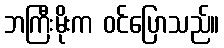
ဘကြီးမိုးက ဝင်ပြောသည်။